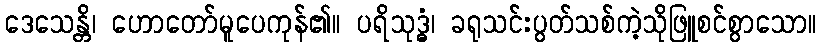
ဒေသေန္တိ၊ ဟောတော်မူပေကုန်၏။ ပရိသုဒ္ဓံ၊ ခရုသင်းပွတ်သစ်ကဲ့သိုဖြူစင်စွာသော။